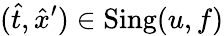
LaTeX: (\hat{t},\hat{x}^{\prime})\in\operatorname{Sing}(u,f)